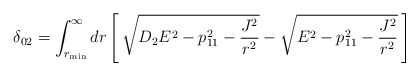
\begin{align*}\delta_{02}=\int^\infty_{r_{\rm min}} dr\left[\,\sqrt{D_2 E^2-p_{11}^2-{J^2\over r^2}}-\sqrt{E^2-p_{11}^2-{J^2\over r^2}}\,\right]\end{align*}